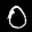
Label: 0